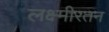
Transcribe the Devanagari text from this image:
लक्ष्मीरतन